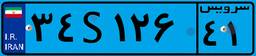
۳۴S۱۲۶۴۱